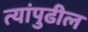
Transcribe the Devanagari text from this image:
त्यांपुढील